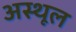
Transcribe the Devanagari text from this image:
अस्थूल